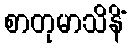
စာတုမာသိနိံ